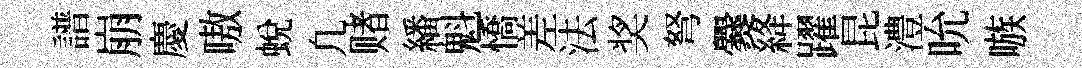
譜崩慶嗷蛻凢赌繙魁憍差法奖弩爨絳躍昆澧吮嗾